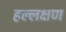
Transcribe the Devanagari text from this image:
हल्लक्षण